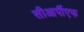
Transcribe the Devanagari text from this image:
सीआर्पीएफ